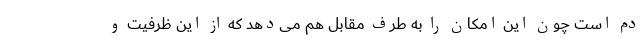
دَم است چون این امکان را به طرف مقابل هم می‌دهد که از این ظرفیت و